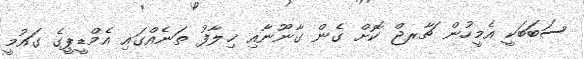
ސަބަބަކީ އެމީހުން ޗާރޖް ކޮށް ގެން ގާނޫނާއި ޚިލާފު ތަނެއްގައި އެމްޑީޕީގެ ގައުމީ